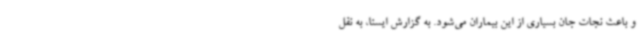
و باعث نجات جان بسیاری از این بیماران می‌شود. به گزارش ایسنا، به نقل